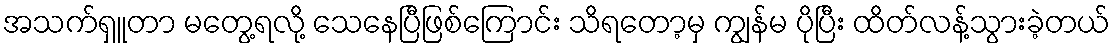
အသက်ရှူတာ မတွေ့ရလို့ သေနေပြီဖြစ်ကြောင်း သိရတော့မှ ကျွန်မ ပိုပြီး ထိတ်လန့်သွားခဲ့တယ်